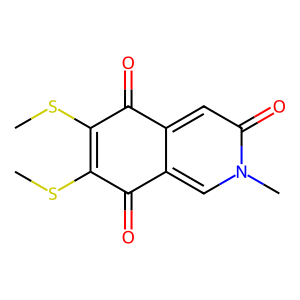
SMILES: CSC1=C(SC)C(=O)c2cn(C)c(=O)cc2C1=O
Inhibits HIV replication: No